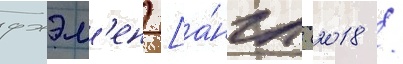
джэм'ен [а́нгл. (2018 /